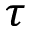
\tau